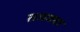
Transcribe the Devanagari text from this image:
तमक्वा